Lunatic asylums Central Provinces reports 1874-1885 - 1874-1885
Year: 1874
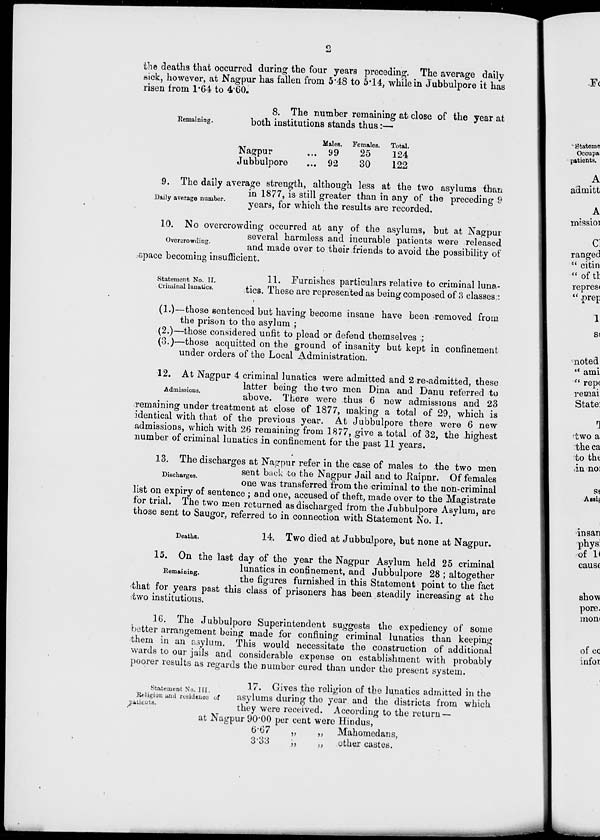
2
the deaths that occurred during the four years preceding. The average daily
sick, however, at Nagpur has fallen from 5.48 to 5.14, while in Jubbulpore it has
risen from 1.64 to 4. 60.
Remaining.
8. The number remaining at close of the year at
both institutions stands thus:—
Nagpur ...
Jubbulpore ...
Males.
99
92
Females.
25
30
Total.
124
122
Daily average number.
9. The daily average strength, although less at the two asylums than
in 1877, is still greater than in any of the preceding 9
years, for which the results are recorded.
Overcrowding.
10. No overcrowding occurred at any of the asylums, but at Nagpur
several harmless and incurable patients were released
and made over to their friends to avoid the possibility of
space becoming insufficient.
Statement No. II.
Criminal lunatics.
11. Furnishes particulars relative to criminal luna-
tics. These are represented as being composed of 3 classes :
(1.)—those sentenced but having become insane have been removed from
the prison to the asylum ;
(2.)—those considered unfit to plead or defend themselves ;
(3.)—those acquitted on the ground of insanity but kept in confinement
under orders of the Local Administration.
Admissions.
12. At Nagpur 4 criminal lunatics were admitted and 2 re-admitted, these
latter being the two men Dina and Danu referred to
above. There were thus 6 new admissions and 23
remaining under treatment at close of 1877, making a total of 29, which is
identical with that of the previous year. At Jubbulpore there were 6 new
admissions, which with 26 remaining from 1877, give a total of 32, the highest
number of criminal lunatics in confinement for the past 11 years.
Discharges.
13. The discharges at Nagpur refer in the case of males to the two men
sent back to the Nagpur Jail and to Raipnr. Of females
one was transferred from the criminal to the non-criminal
list on expiry of sentence ; and one, accused of theft, made over to the Magistrate
for trial. The two men returned as discharged from the Jubbulpore Asylum, are
those sent to Saugor, referred to in connection with Statement No. I.
Deaths.
14. Two died at Jubbulpore, but none at Nagpur.
Remaining.
15. On the last day of the year the Nagpur Asylum held 25 criminal
lunatics in confinement, and Jubbulpore 28 ; altogether
the figures furnished in this Statement point to the fact
that for years past this class of prisoners has been steadily increasing at the
two institutions.
16. The Jubbulpore Superintendent suggests the expediency of some
better arrangement being made for confining criminal lunatics than keeping
them in an asylum. This would necessitate the construction of additional
wards to our jails and considerable expense on establishment with probably
poorer results as regards the number cured than under the present system.
Statement No. III.
Religion and residence of
patients.
17. Gives the religion of the lunatics admitted in the
asylums during the year and the districts from which
they were received. According to the return —
at Nagpur 90.00 per cent were Hindus,
6.67
„
„ Mahomedans,
3.33
„
„ other castes.